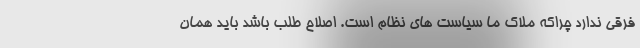
فرقی ندارد چراکه ملاک ما سیاست های نظام است. اصلاح طلب باشد باید همان